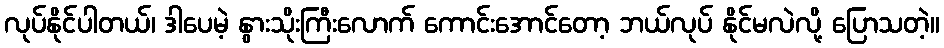
လုပ်နိုင်ပါတယ်၊ ဒါပေမဲ့ နွားသိုးကြီးလောက် ကောင်းအောင်တော့ ဘယ်လုပ် နိုင်မလဲလို့ ပြောသတဲ့။